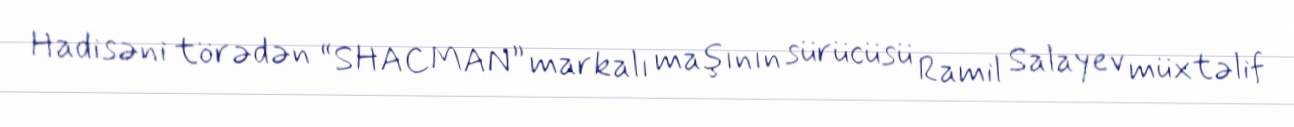
Hadisəni törədən “SHACMAN” markalı maşının sürücüsü Ramil Salayev müxtəlif